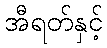
အီရတ်နှင့်